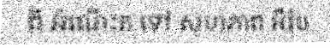
ពី អំណើះត ទៅ សហភាព អឺរ៉ុប